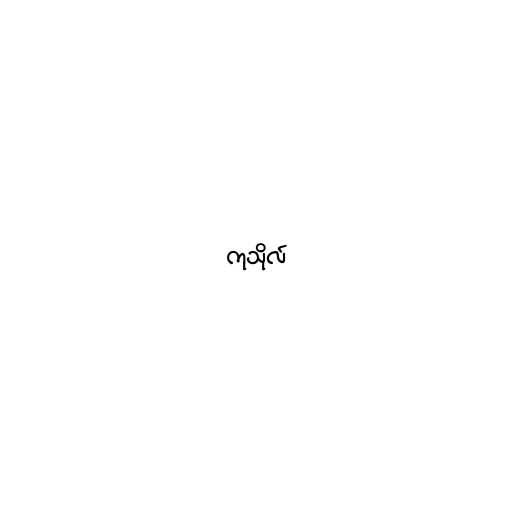
ကုသိုလ်